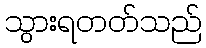
သွားရတတ်သည်